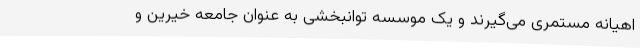
اهیانه مستمری می‌گیرند و یک موسسه توانبخشی به عنوان جامعه خیرین و